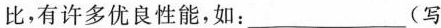
比，有许多优良性能，如：___(写